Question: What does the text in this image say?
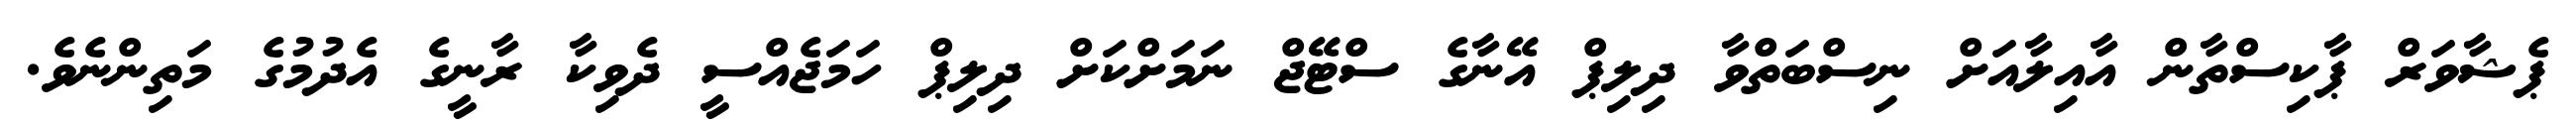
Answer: ޕެޝާވަރް ޕާކިސްތާން އާއިލާއަށް ނިސްބަތްވާ ދިލިޕް އޭނާގެ ސްޓޭޖް ނަމަށްކަށް ދިލިޕް ހަމަޖެއްސީ ދެވިކާ ރާނީގެ އެދުމުގެ މަތިންނެވެ.